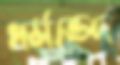
ধর্মভেদ